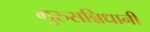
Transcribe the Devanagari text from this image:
गुरुसन्निधानी